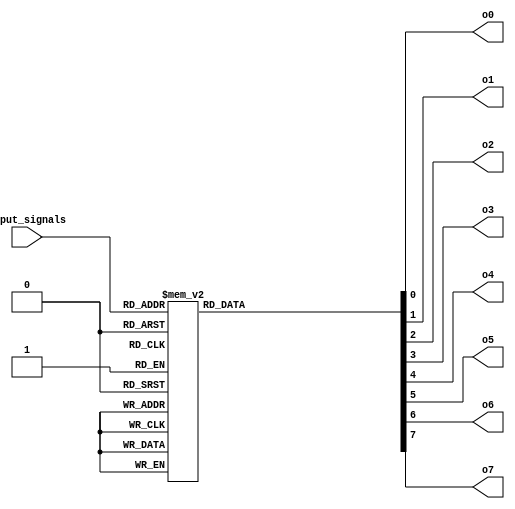
module octal_decoder (
    input [2:0] input_signals,
    output reg o0,
    output reg o1,
    output reg o2,
    output reg o3,
    output reg o4,
    output reg o5,
    output reg o6,
    output reg o7
);

always @* begin
    case(input_signals)
        3'b000: begin o0 = 1; o1 = 0; o2 = 0; o3 = 0; o4 = 0; o5 = 0; o6 = 0; o7 = 0; end
        3'b001: begin o0 = 0; o1 = 1; o2 = 0; o3 = 0; o4 = 0; o5 = 0; o6 = 0; o7 = 0; end
        3'b010: begin o0 = 0; o1 = 0; o2 = 1; o3 = 0; o4 = 0; o5 = 0; o6 = 0; o7 = 0; end
        3'b011: begin o0 = 0; o1 = 0; o2 = 0; o3 = 1; o4 = 0; o5 = 0; o6 = 0; o7 = 0; end
        3'b100: begin o0 = 0; o1 = 0; o2 = 0; o3 = 0; o4 = 1; o5 = 0; o6 = 0; o7 = 0; end
        3'b101: begin o0 = 0; o1 = 0; o2 = 0; o3 = 0; o4 = 0; o5 = 1; o6 = 0; o7 = 0; end
        3'b110: begin o0 = 0; o1 = 0; o2 = 0; o3 = 0; o4 = 0; o5 = 0; o6 = 1; o7 = 0; end
        3'b111: begin o0 = 0; o1 = 0; o2 = 0; o3 = 0; o4 = 0; o5 = 0; o6 = 0; o7 = 1; end
        default: begin o0 = 0; o1 = 0; o2 = 0; o3 = 0; o4 = 0; o5 = 0; o6 = 0; o7 = 0; end
    endcase
end

endmodule